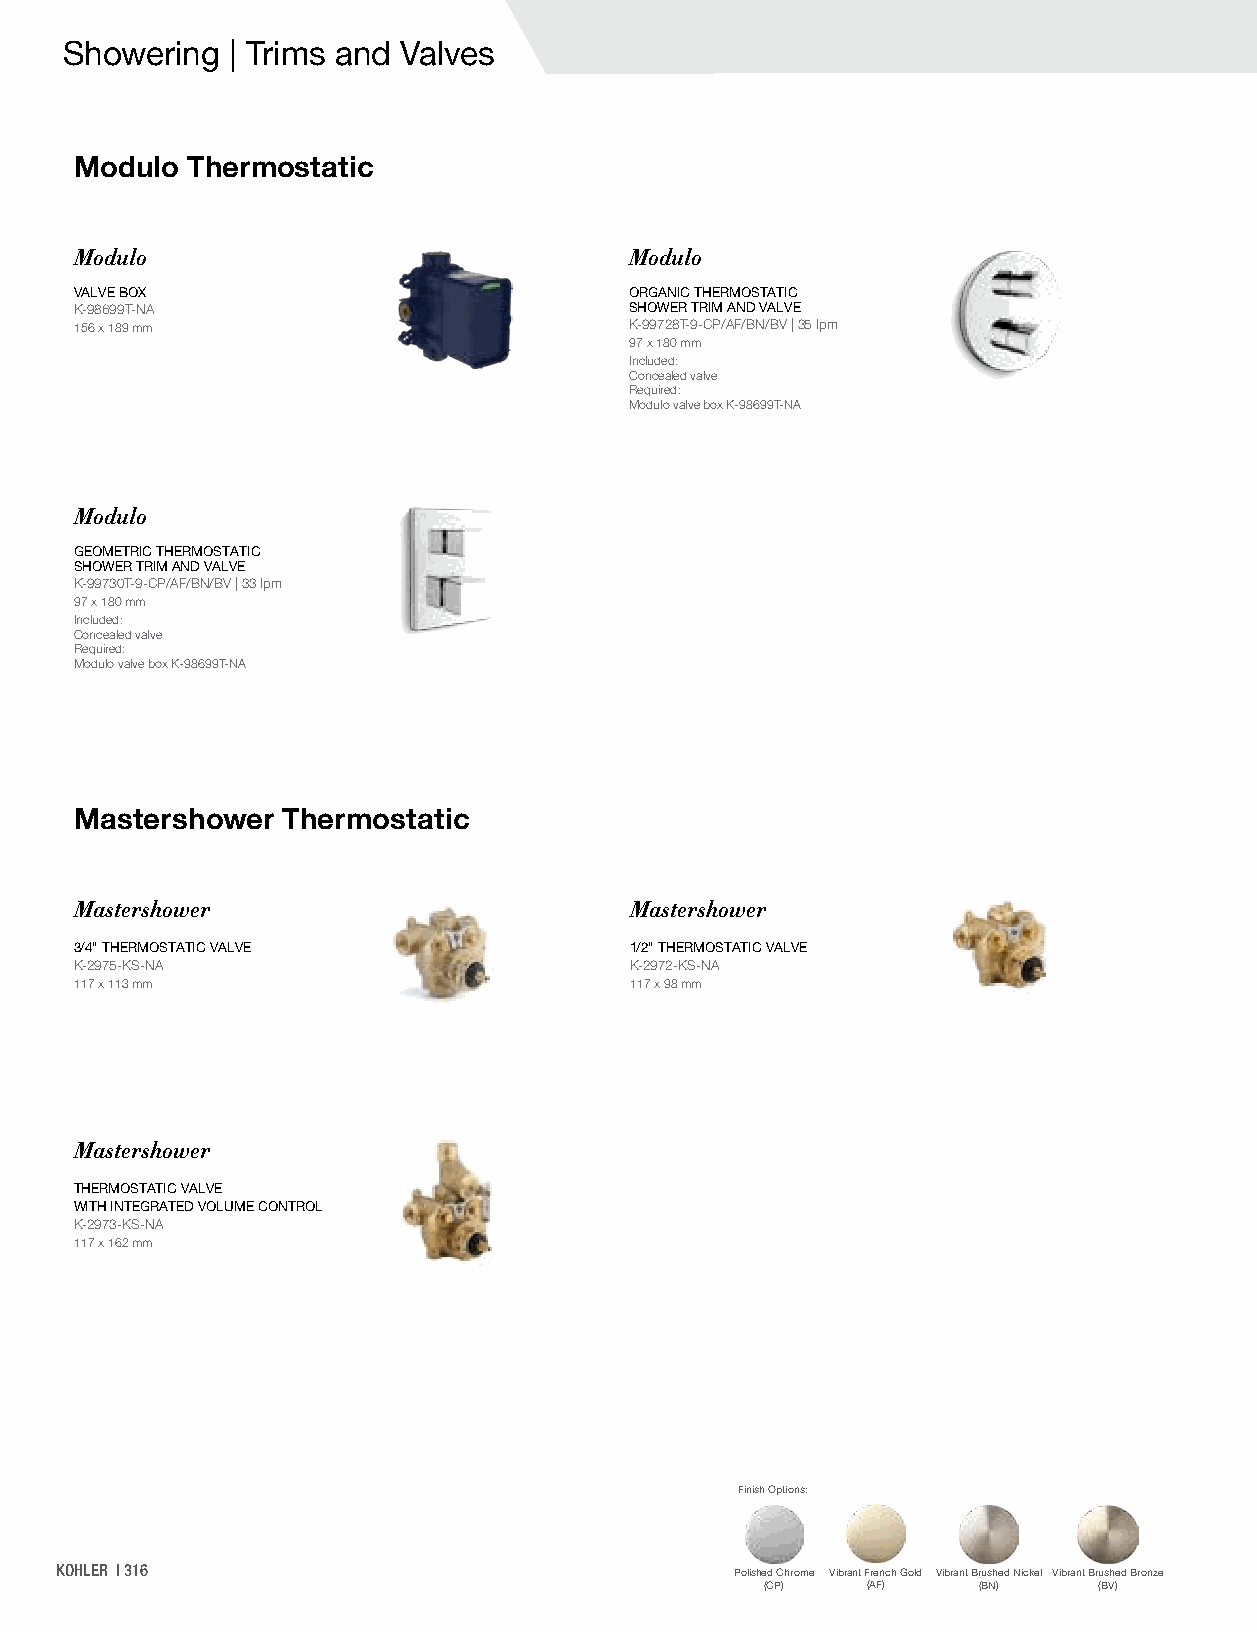
Showering  | Trims and Valves
 Modulo Thermostatic
 Modulo                               Modulo
 VALVE BOX                            ORGANIC THERMOSTATIC
 K-98699T-NA                          SHOWER TRIM AND VALVE
 156 x 189 mm                         K-99728T-9-CP/AF/BN/BV | 35 lpm
 97 x 180 mm
 Included:
 Concealed valve
 Required:
 Modulo valve box K-98699T-NA
 Modulo
 GEOMETRIC THERMOSTATIC
 SHOWER TRIM AND VALVE
 K-99730T-9-CP/AF/BN/BV | 33 lpm
 97 x 180 mm
 Included:
 Concealed valve
 Required:
 Modulo valve box K-98699T-NA
 Mastershower  Thermostatic
 Mastershower                         Mastershower
 3/4" THERMOSTATIC VALVE              1/2" THERMOSTATIC VALVE
 K-2975-KS-NA                         K-2972-KS-NA
 117 x 113 mm                         117 x 98 mm
 Mastershower
 THERMOSTATIC VALVE
 WITH INTEGRATED VOLUME CONTROL
 K-2973-KS-NA
 117 x 162 mm
 Finish Options:
 KOHLER | 316                                 Polished Chrome Vibrant French Gold Vibrant Brushed Nickel Vibrant Brushed Bronze
 (CP)  (AF)    (BN)    (BV)